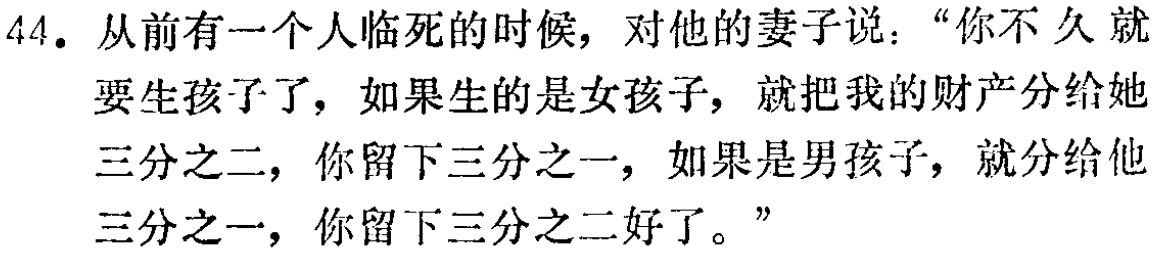
44. 从前有一个人临死的时候，对他的妻子说：“你不久就要生孩子了，如果生的是女孩子，就把我的财产分给她三分之二，你留下三分之一，如果是男孩子，就分给他三分之一，你留下三分之二好了。”